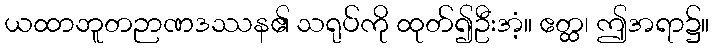
ယထာဘူတဉာဏဒဿန၏ သရုပ်ကို ထုတ်၍ဦးအံ့။ ဧတ္ထ၊ ဤအရာ၌။